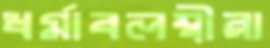
ধর্মাবলম্বীরা